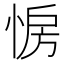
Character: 𢛷